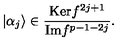
\vert \alpha _ { j } \rangle \in \frac { \mathrm { K e r } f ^ { 2 j + 1 } } { \mathrm { I m } f ^ { p - 1 - 2 j } } .